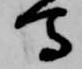
馬